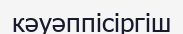
кәуәппісіргіш